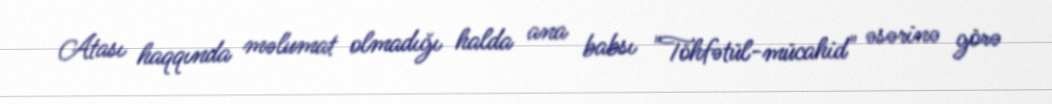
Atası haqqında məlumat olmadığı halda ana babsı "Töhfətül-mücahid" əsərinə görə